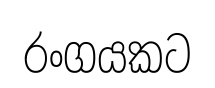
රංගයකට